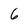
Character: 6